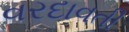
વરદાવતી